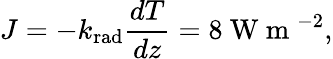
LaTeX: J=-k_{\mathrm{rad}}\frac{dT}{dz}=8\mathrm{~W~m~}^{-2},